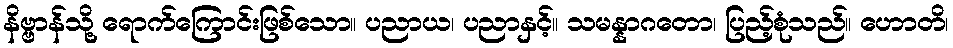
နိဗ္ဗာန်သို့ ရောက်ကြောင်းဖြစ်သော။ ပညာယ၊ ပညာနှင့်။ သမန္နာဂတော၊ ပြည့်စုံသည်။ ဟောတိ၊